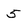
Character: 5